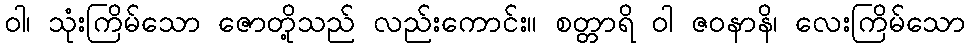
ဝါ၊ သုံးကြိမ်သော ဇောတို့သည် လည်းကောင်း။ စတ္တာရိ ဝါ ဇဝနာနိ၊ လေးကြိမ်သော